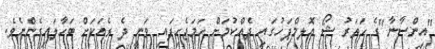
"އިންސާނާ"ގެ ހަތަރު ޝޯ އޮލިމްޕަހުގައި ދެއްކުމަށް ހަމަޖެހިފައި ވަނީ ދެ ރެއަކަށް ބަހާލައިގެންނެވެ.